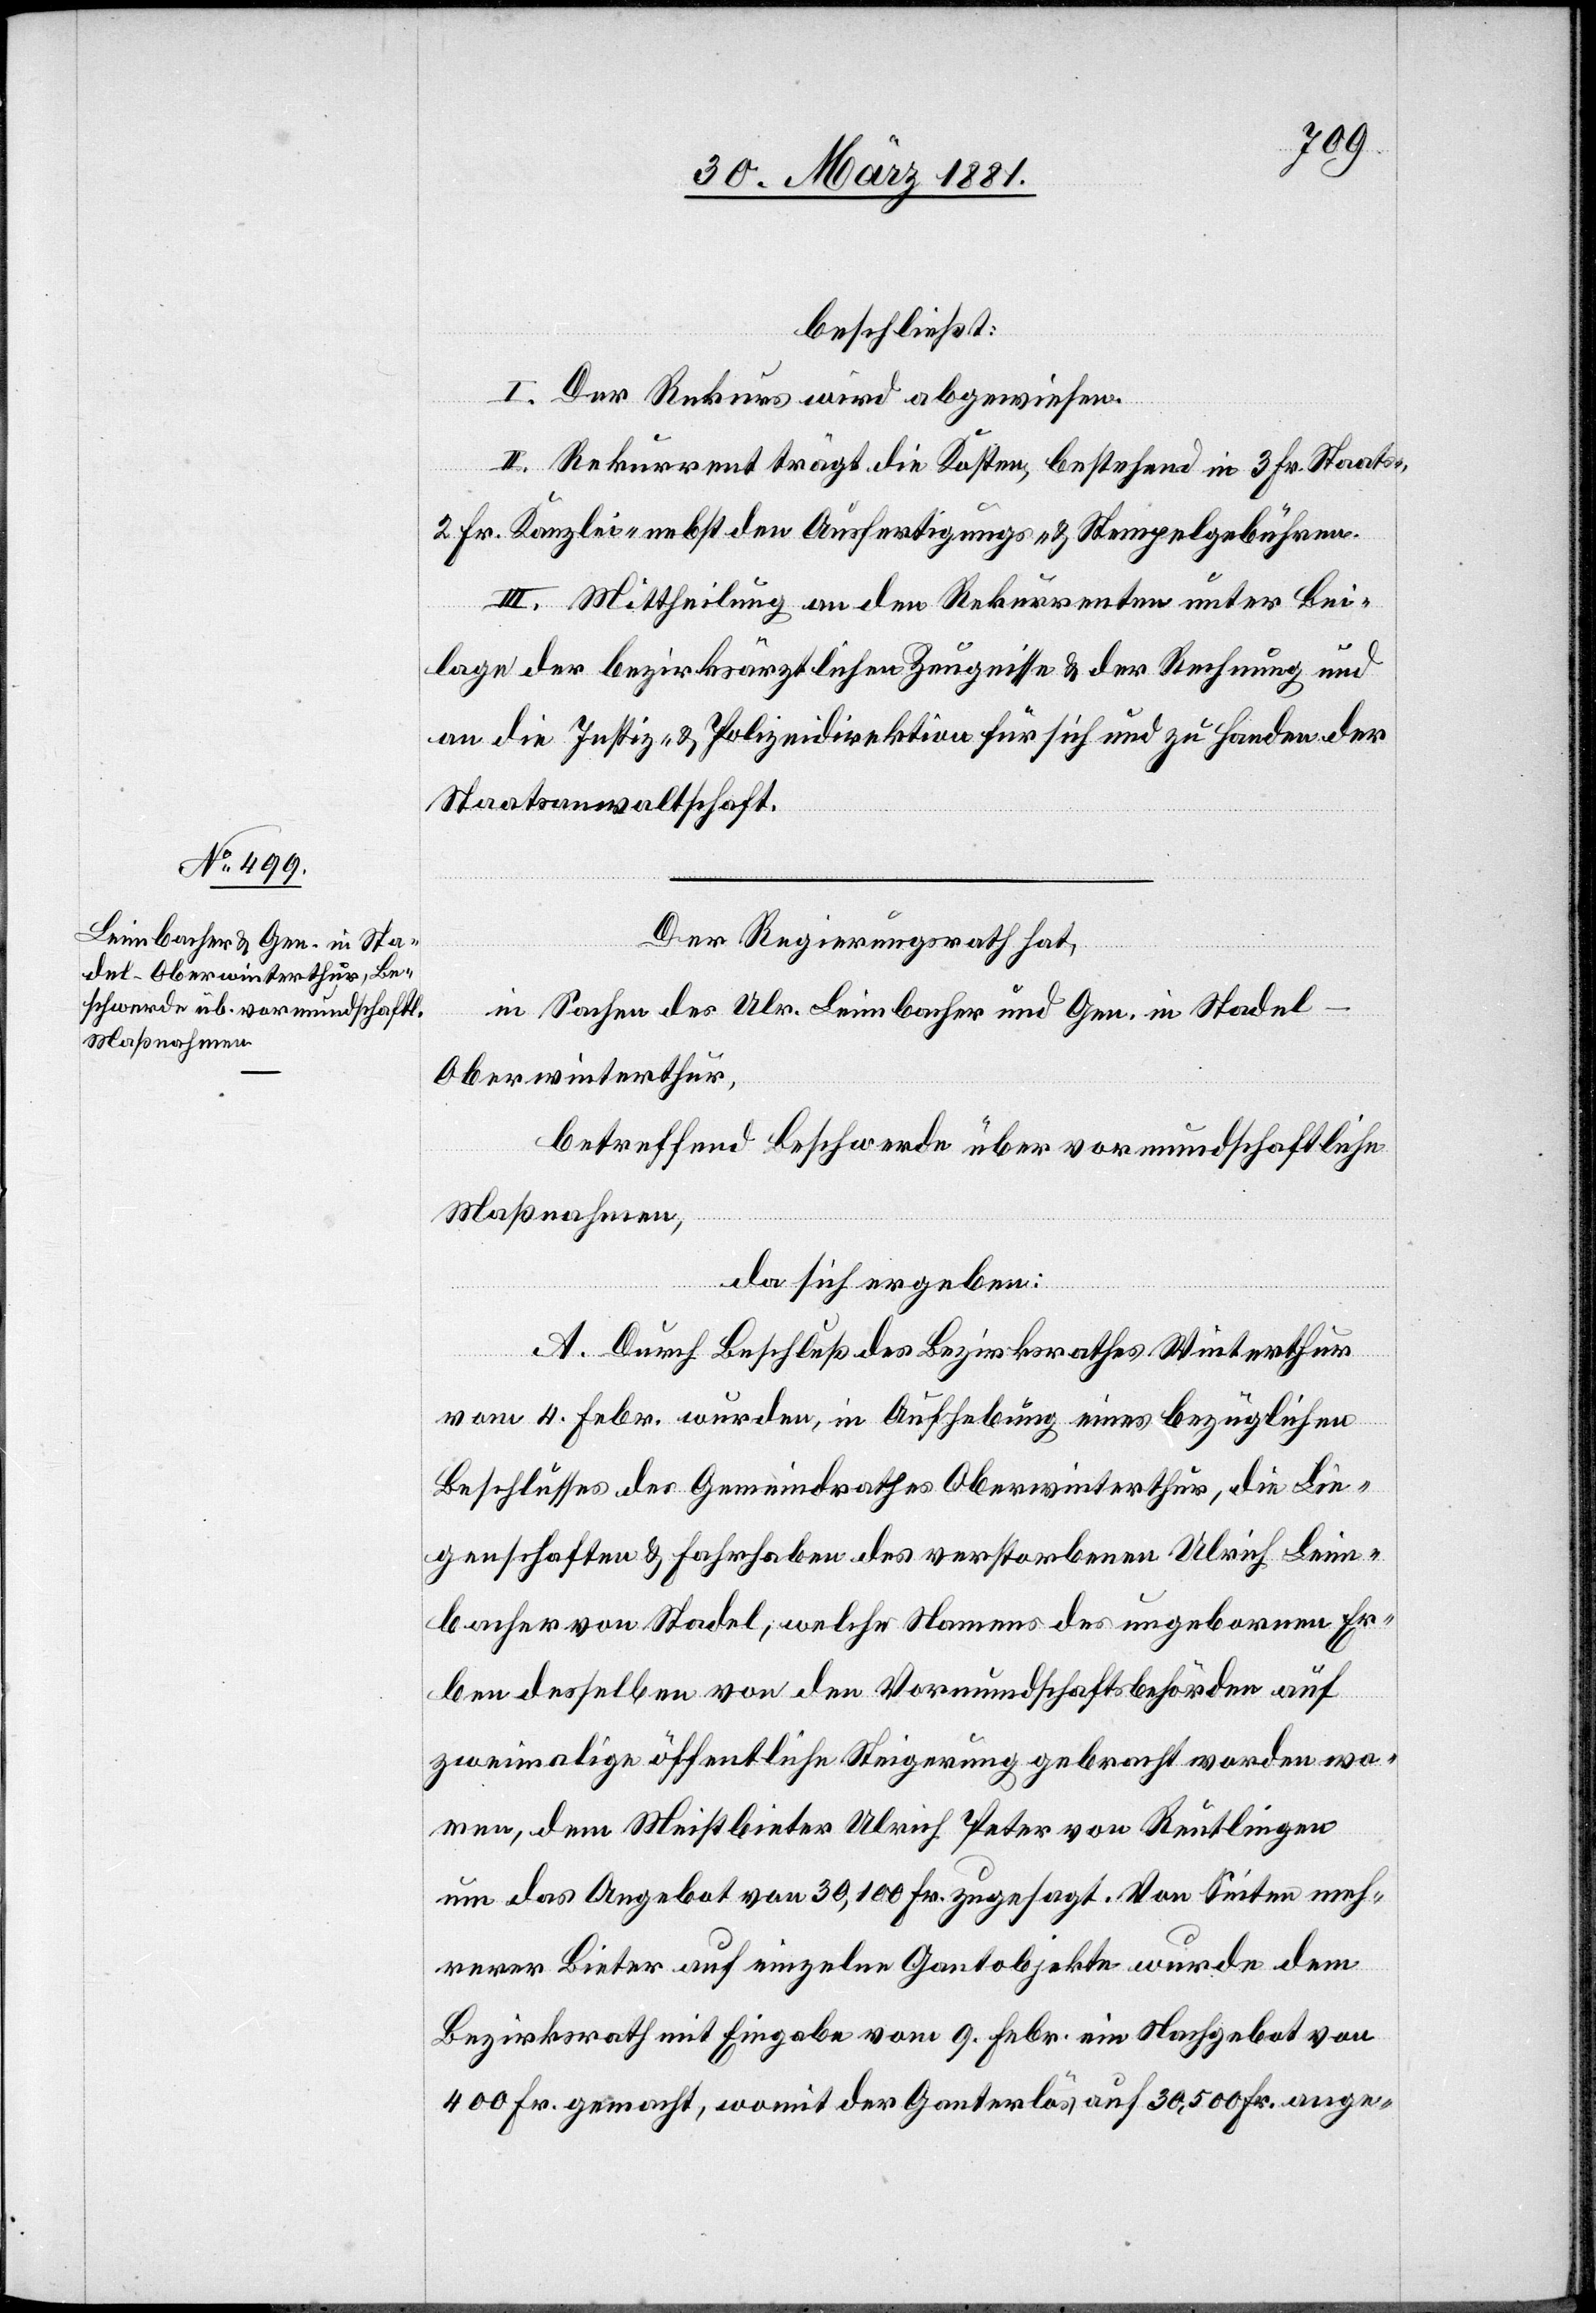
beschließt:
I. Der Rekurs wird abgewiesen.
II. Rekurrent trägt die Kosten, bestehend in 3 Fr. Staats-,
2 Fr. Kanzlei- nebst den Ausfertigungs- & Stempelgebühren.
III. Mittheilung an den Rekurrenten unter Bei¬
lage der bezirksärztlichen Zeugnisse & der Rechnung und
an die Justiz- & Polizeidirektion für sich und zu Handen der
Staatsanwaltschaft.